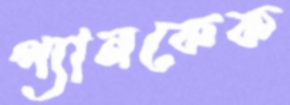
প্যানকেক